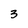
Character: 3